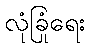
လုံခြုံရေး